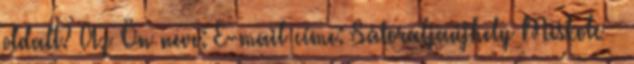
oldalt? Az Ön neve: E-mail címe: Sátoraljaújhely Miskolc –